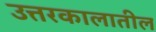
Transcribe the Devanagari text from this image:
उत्तरकालातील